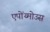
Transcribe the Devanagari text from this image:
एपोंय्मोउस